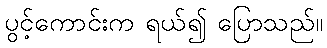
ပွင့်ကောင်းက ရယ်၍ ပြောသည်။